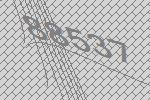
88537